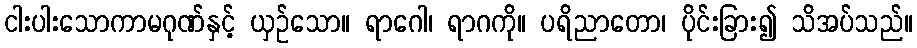
ငါးပါးသောကာမဂုဏ်နှင့် ယှဉ်သော။ ရာဂေါ၊ ရာဂကို။ ပရိညာတော၊ ပိုင်းခြား၍ သိအပ်သည်။